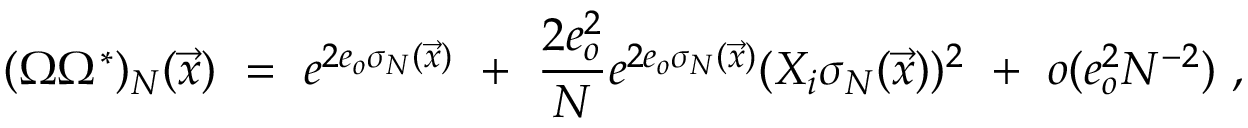
( \Omega \Omega ^ { * } ) _ { N } ( \vec { x } ) \ = \ e ^ { 2 e _ { o } \sigma _ { N } ( \vec { x } ) } \ + \ \frac { 2 e _ { o } ^ { 2 } } { N } e ^ { 2 e _ { o } \sigma _ { N } ( \vec { x } ) } ( X _ { i } \sigma _ { N } ( \vec { x } ) ) ^ { 2 } \ + \ o ( e _ { o } ^ { 2 } N ^ { - 2 } ) \ ,